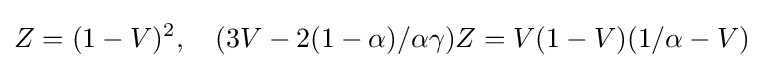
Z=(1-V)^{2},\quad (3V-2(1-\alpha )/\alpha \gamma )Z=V(1-V)(1/\alpha -V)